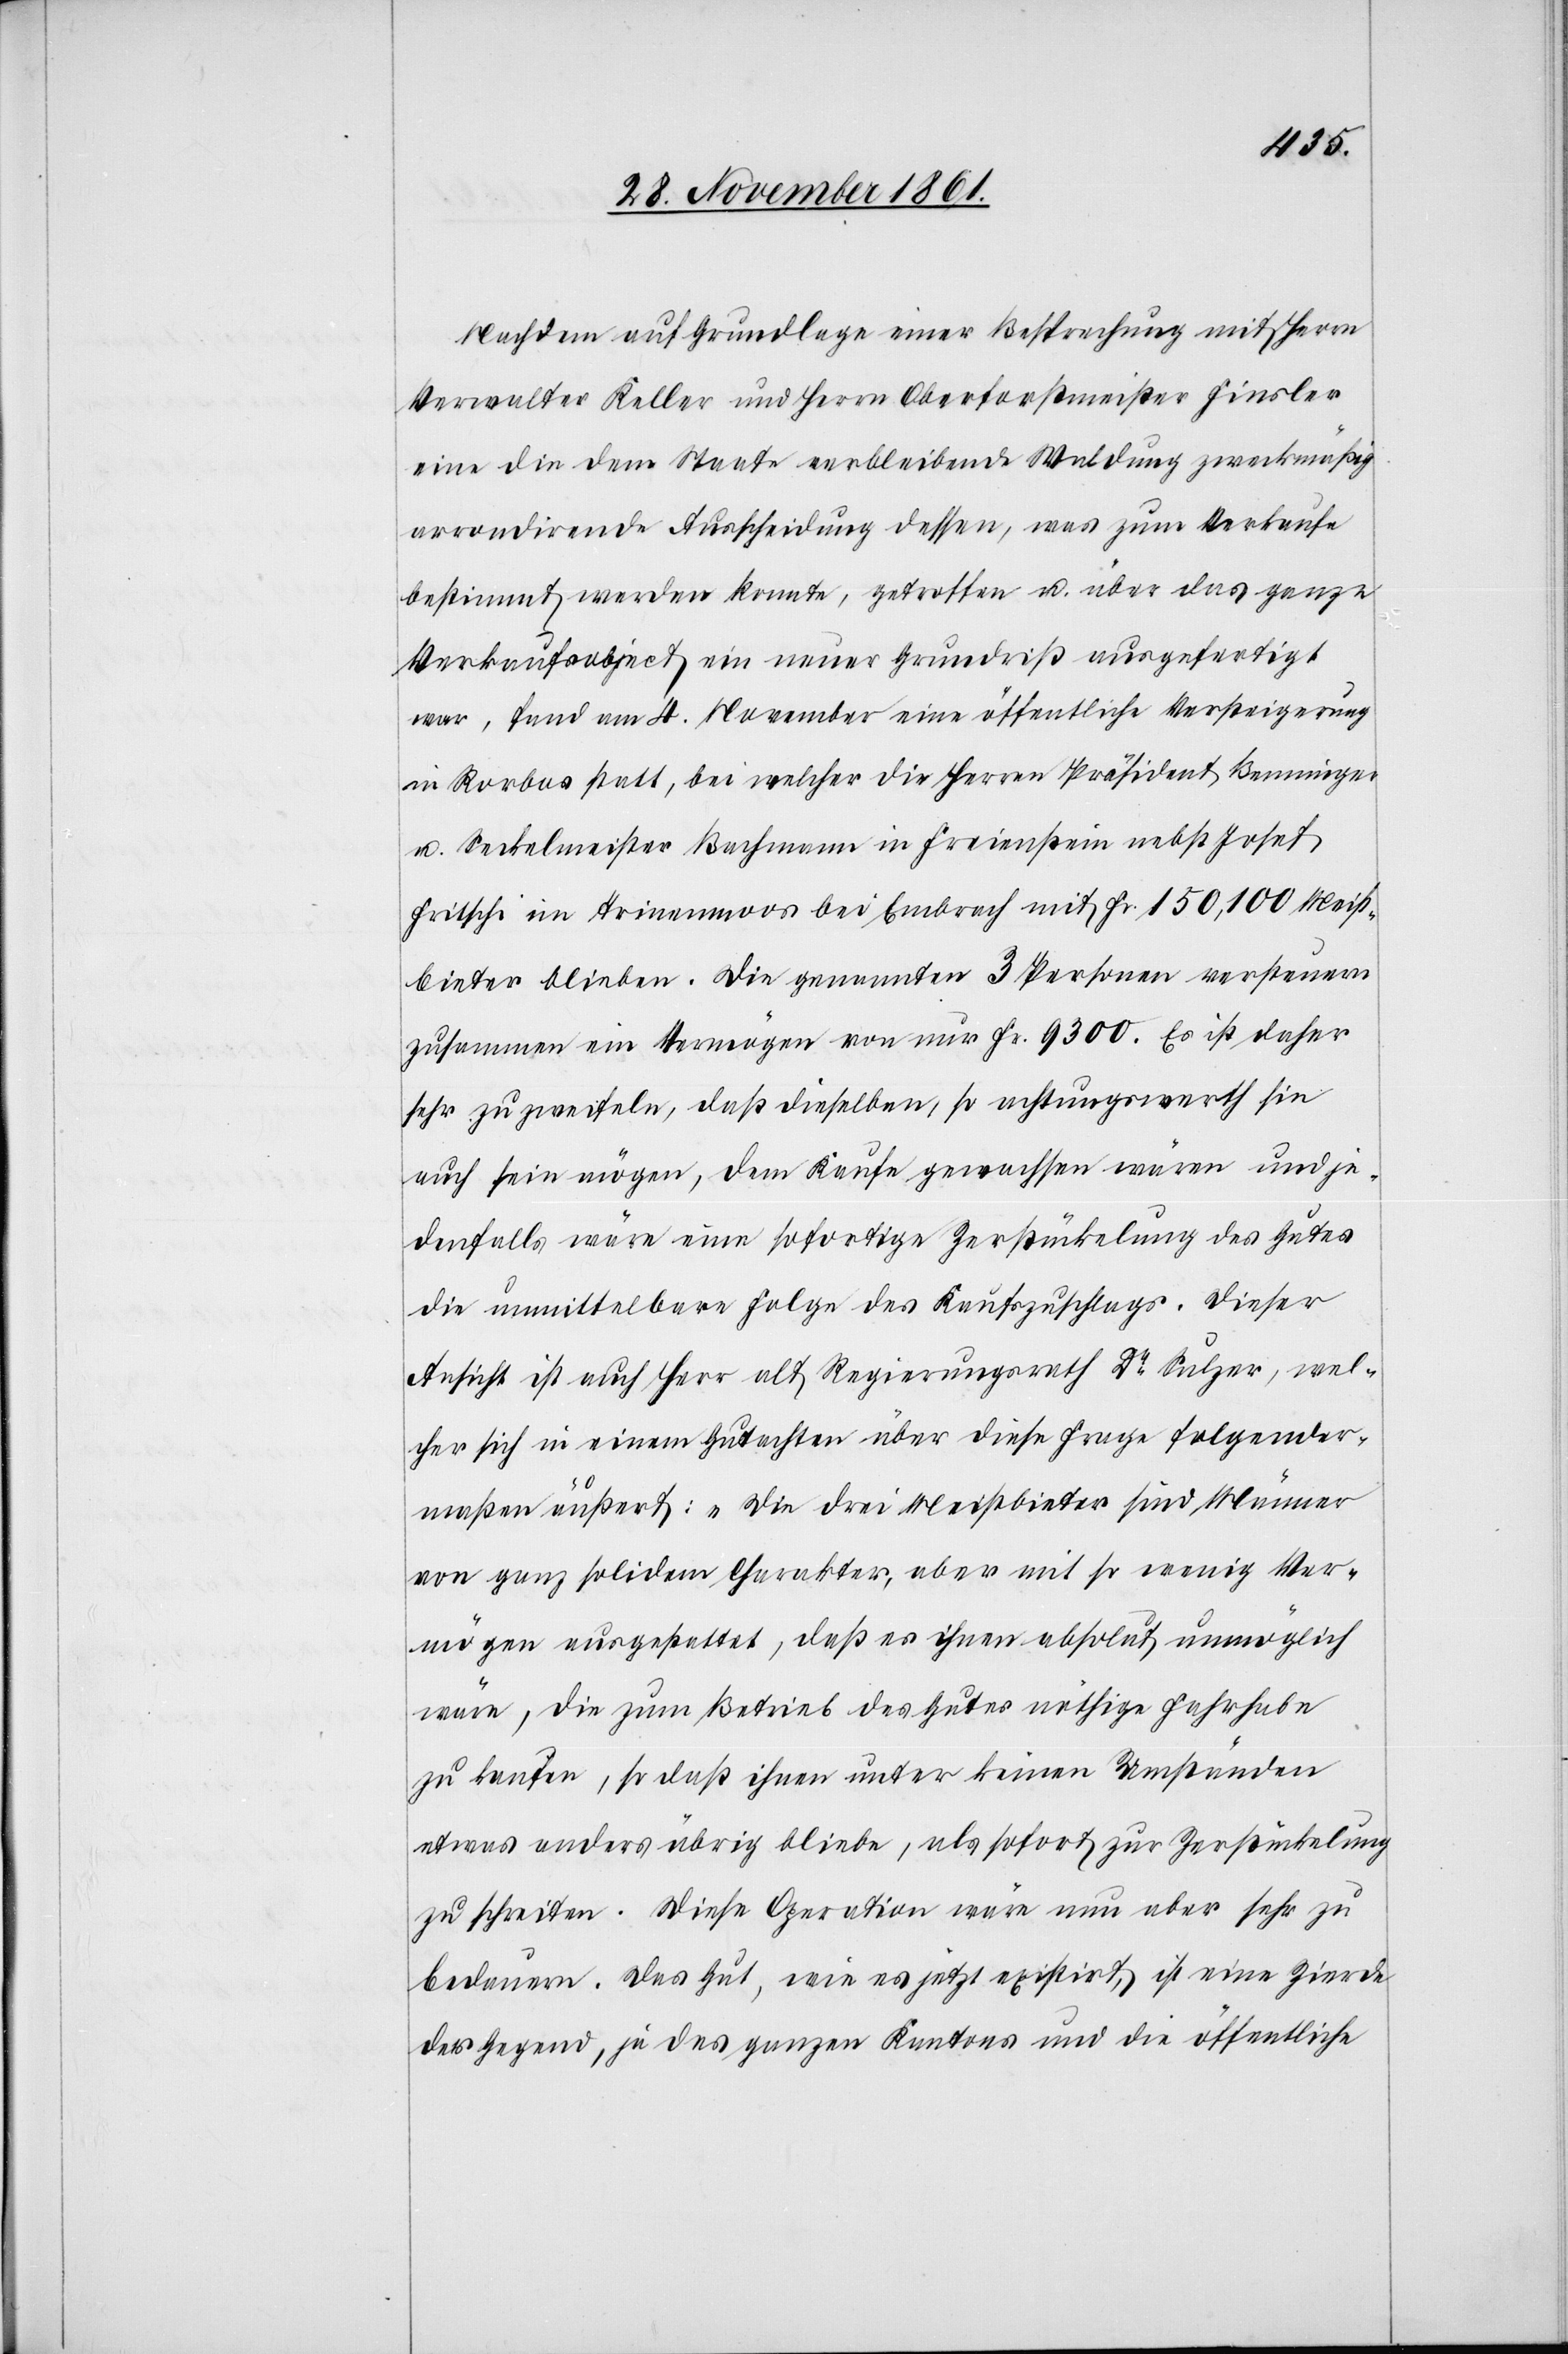
Nachdem auf Grundlage einer Besprechung mit Herrn
Verwalter Keller und Herrn Oberforstmeister Finsler
eine die dem Staate verbleibende Waldung zweckmäßig
arrondirende Ausscheidung dessen, was zum Verkaufe
bestimmt werden konnte, getroffen u. über das ganze
Verkaufsobject ein neuer Grundriß ausgefertigt
war, fand am 4 November eine öffentliche Versteigerung
in Rorbas statt, bei welcher die Herren Präsident Benninger
u. Seckelmeister Bachmann in Freienstein nebst Josef
Fritschi im Trinenmoos bei Embrach mit Fr. 150,100 Meist¬
bieter blieben. Die genannten 3 Personen versteuern
zusammen ein Vermögen von nur Fr. 9300. Es ist daher
sehr zu zweifeln, daß dieselben, so achtungswerth sie
auch sein mögen, dem Kaufe gewachsen wären und je¬
denfalls wäre eine sofortige Zerstückelung des Gutes
die unmittelbare Folge des Kaufzuschlags. Dieser
Ansicht ist auch Herr alt Regierungsrath Dr Sulzer, wel¬
cher sich in einem Gutachten über diese Frage folgender¬
maßen äußert: „Die drei Meistbieter sind Männer
von ganz solidem Charakter, aber mit so wenig Ver¬
mögen ausgestattet, daß es ihnen absolut unmöglich
wäre, die zum Betrieb des Gutes nöthige Fahrhabe
zu kaufen, so daß ihnen unter keinen Umständen
etwas anders übrig bliebe, als sofort zur Zerstückelung
zu schreiten. Diese Operation wäre nun aber sehr zu
bedauern. Das Gut, wie es jetzt existirt, ist eine Zierde
der Gegend, ja des ganzen Kantons und die öffentliche